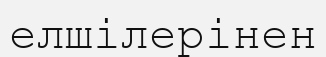
елшілерінен